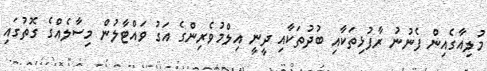
މުލިއާގެއިން ފެނުނު ރާފުޅިތަކާއި ބުދުތަކާއި ދީނީ އިލްމުވެރިންގެ އަގު ވައްޓާލުން މިސާލެއްގެ ގޮތުގައި